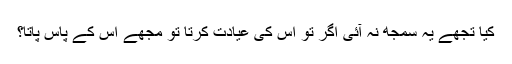
کیا تجھے یہ سمجھ نہ آئی اگر تُو اس کی عیادت کرتا تو مجھے اس کے پاس پاتا؟